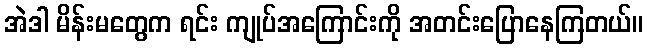
အဲဒါ မိန်းမတွေက ရင်း ကျုပ်အကြောင်းကို အတင်းပြောနေကြတယ်။